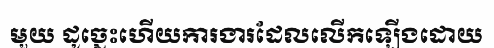
មួយ ដូច្នេះហើយការងារដែលលើកឡើងដោយ